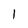
Character: l